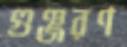
গুঞ্জরণ